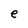
Character: e